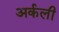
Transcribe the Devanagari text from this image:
अर्कली